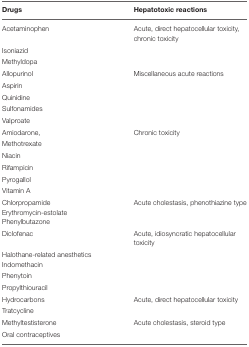
| Drugs | Hepatotoxic reactions |
 | --- | --- |
 | Acetaminophen | Acute, direct hepatocellular toxicity, chronic toxicity |
 | Isoniazid |  |
 | Methyldopa |  |
 | Allopurinol | Miscellaneous acute reactions |
 | Aspirin |  |
 | Quinidine |  |
 | Sulfonamides |  |
 | Valproate |  |
 | Amiodarone, | Chronic toxicity |
 | Methotrexate |  |
 | Niacin |  |
 | Rifampicin |  |
 | Pyrogallol |  |
 | Vitamin A |  |
 | Chlorpropamide Erythromycin-estolate Phenylbutazone | Acute cholestasis, phenothiazine type |
 | Diclofenac | Acute, idiosyncratic hepatocellular toxicity |
 | Halothane-related anesthetics Indomethacin |  |
 | Phenytoin |  |
 | Propylthiouracil |  |
 | Hydrocarbons | Acute, direct hepatocellular toxicity |
 | Tratcycline |  |
 | Methyltestisterone | Acute cholestasis, steroid type |
 | Oral contraceptives |  |